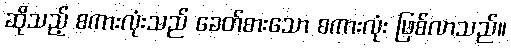
ဆိုသည့် စကားလုံးသည် ခေတ်စားသော စကားလုံး ဖြစ်လာသည်။